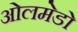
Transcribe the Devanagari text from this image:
ओलमेडो